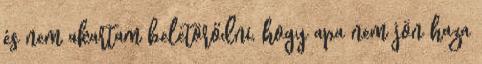
és nem akartam beletörődni, hogy apa nem jön haza